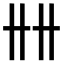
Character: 𠦌